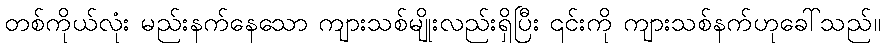
တစ်ကိုယ်လုံး မည်းနက်နေသော ကျားသစ်မျိုးလည်းရှိပြီး ၎င်းကို ကျားသစ်နက်ဟုခေါ်သည်။